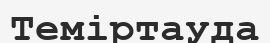
Теміртауда